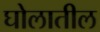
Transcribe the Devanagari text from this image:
घोलातील